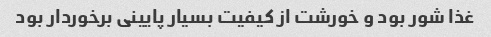
غذا شور بود و خورشت از کیفیت بسیار پایینی برخوردار بود